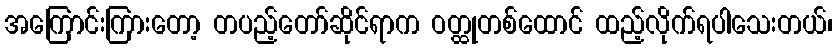
အကြောင်းကြားတော့ တပည့်တော်ဆိုင်ရာက ဝတ္ထုတစ်ထောင် ထည့်လိုက်ရပါသေးတယ်၊